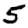
Digit: 5